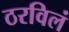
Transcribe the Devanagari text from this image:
ठरविलं